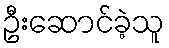
ဦးဆောင်ခဲ့သူ